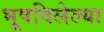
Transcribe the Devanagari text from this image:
भूषविलेल्‍या